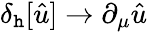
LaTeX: \delta_{\mathtt{h}}[{\hat{{u}}}]\to\partial_{\mu}{\hat{{u}}}